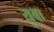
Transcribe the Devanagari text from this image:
युबा